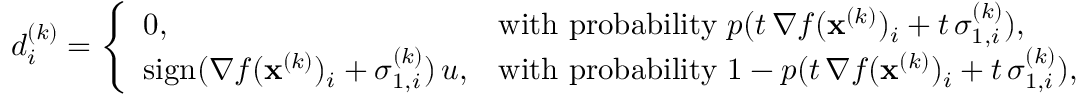
\begin{array} { r } { d _ { i } ^ { ( k ) } = \left\{ \begin{array} { l l } { 0 , } & { \mathrm { w i t h ~ p r o b a b i l i t y } ~ p ( t \, \nabla f ( \mathbf { x } ^ { ( k ) } ) _ { i } + t \, \sigma _ { 1 , i } ^ { ( k ) } ) , } \\ { \mathrm { s i g n } ( \nabla f ( \mathbf { x } ^ { ( k ) } ) _ { i } + \sigma _ { 1 , i } ^ { ( k ) } ) \, u , } & { \mathrm { w i t h ~ p r o b a b i l i t y } ~ 1 - p ( t \, \nabla f ( \mathbf { x } ^ { ( k ) } ) _ { i } + t \, \sigma _ { 1 , i } ^ { ( k ) } ) , } \end{array} \right. } \end{array}